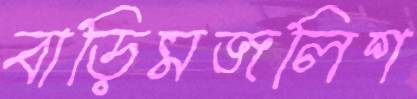
বাড়িমজলিশ